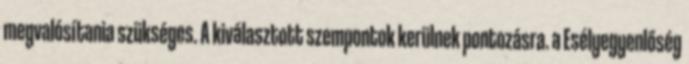
megvalósítania szükséges. A kiválasztott szempontok kerülnek pontozásra. a Esélyegyenlőség